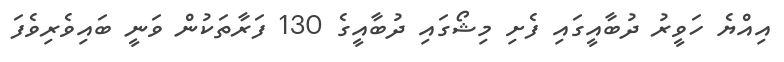
އިއްޔެ ހަވީރު ދުބާއީގައި ފެށި މިޝޯގައި ދުބާއީގެ 130 ފަރާތަކުން ވަނީ ބައިވެރިވެފަ